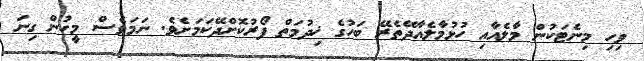
ވިހި މިނެޓަކުން މާލެއާއި ހުޅުމާލެއާދޭތެރޭ ބަހުގެ ޚިދުމަތް ފޯރުކޮށްދޭކަމަށެވެ. ނަމަވެސް މީހުން ގިނަ